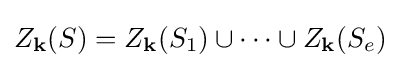
Z_{\mathbf {k} }(S)=Z_{\mathbf {k} }(S_{1})\cup \cdots \cup Z_{\mathbf {k} }(S_{e})